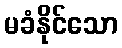
မခံနိုင်သော